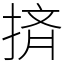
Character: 㨈